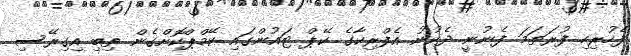
ފެހުރިހި ފުރަތަމަ ފެނުނީ ދެކުނު އެފްރިކާގެ ކޭޕް ޓައުންގައި ކޭމްޕްކޮށްގެން ތިބި އިގިރޭސި